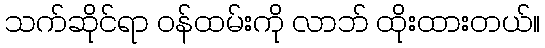
သက်ဆိုင်ရာ ဝန်ထမ်းကို လာဘ် ထိုးထားတယ်။